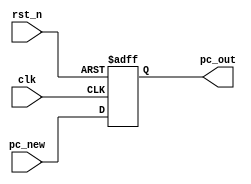
`timescale 1ns / 1ps
//////////////////////////////////////////////////////////////////////////////////
// Company:
// Engineer:
//
// Design Name:
// Module Name: pc
// Project Name:
// Target Devices:
// Tool Versions:
// Description:
//
// Dependencies:
//
// Revision:
// Revision 0.01 - File Created
// Additional Comments:
//
//////////////////////////////////////////////////////////////////////////////////


module pc(
    input clk,
    input rst_n,
    input [31:0]pc_new,
    output reg [31:0]pc_out
  );
  always@(posedge clk or negedge rst_n)
  begin
    if(!rst_n)
      pc_out <= 32'b0;
    else
      pc_out <= pc_new;
  end
endmodule